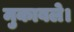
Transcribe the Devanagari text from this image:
मुकाबले।